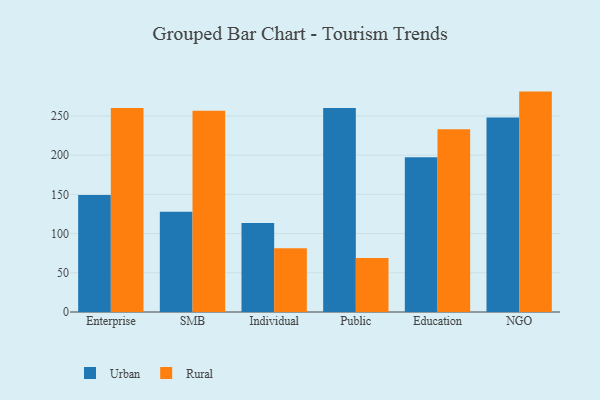
{"axis": {"x": "Segment", "y": "Website Visitors"}, "legend": ["Rural", "Urban"], "data": [{"x": "Enterprise", "y": 149.3, "type": "Urban"}, {"x": "Enterprise", "y": 260.0, "type": "Rural"}, {"x": "SMB", "y": 127.7, "type": "Urban"}, {"x": "SMB", "y": 256.7, "type": "Rural"}, {"x": "Individual", "y": 113.4, "type": "Urban"}, {"x": "Individual", "y": 81.2, "type": "Rural"}, {"x": "Public", "y": 260.1, "type": "Urban"}, {"x": "Public", "y": 68.9, "type": "Rural"}, {"x": "Education", "y": 197.4, "type": "Urban"}, {"x": "Education", "y": 233.0, "type": "Rural"}, {"x": "NGO", "y": 248.0, "type": "Urban"}, {"x": "NGO", "y": 281.0, "type": "Rural"}]}